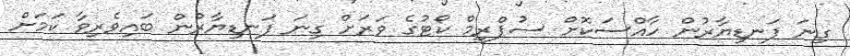
ގިނަ ފަނޑިޔާރުން ހާއްސަކޮށް ސުޕްރީމް ކޯޓުގެ ވަރަށް ގިނަ ފަނޑިޔާރުން ބައިވެރިވާ ކަމަށް